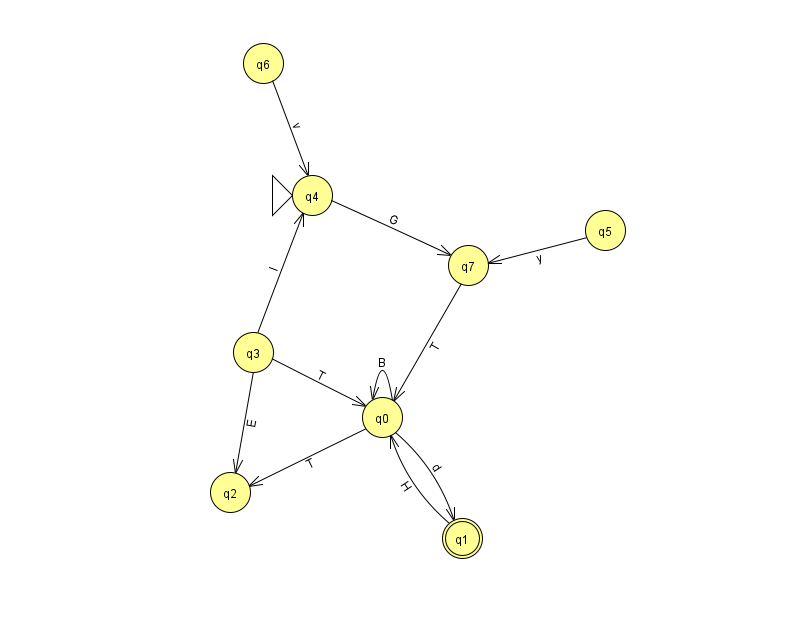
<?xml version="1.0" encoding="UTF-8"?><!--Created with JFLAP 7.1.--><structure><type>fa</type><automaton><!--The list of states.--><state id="0" name="q0"><x>382.0</x><y>404.0</y></state><state id="1" name="q1"><x>462.0</x><y>525.0</y><final/></state><state id="2" name="q2"><x>230.0</x><y>479.0</y></state><state id="3" name="q3"><x>253.0</x><y>339.0</y></state><state id="4" name="q4"><x>312.0</x><y>182.0</y><initial/></state><state id="5" name="q5"><x>605.0</x><y>217.0</y></state><state id="6" name="q6"><x>263.0</x><y>50.0</y></state><state id="7" name="q7"><x>468.0</x><y>252.0</y></state><!--The list of transitions.--><transition><from>7</from><to>0</to><read>T</read></transition><transition><from>3</from><to>2</to><read>E</read></transition><transition><from>0</from><to>0</to><read>B</read></transition><transition><from>3</from><to>0</to><read>T</read></transition><transition><from>0</from><to>1</to><read>d</read></transition><transition><from>0</from><to>2</to><read>T</read></transition><transition><from>4</from><to>7</to><read>G</read></transition><transition><from>5</from><to>7</to><read>y</read></transition><transition><from>6</from><to>4</to><read>v</read></transition><transition><from>3</from><to>4</to><read>I</read></transition><transition><from>1</from><to>0</to><read>H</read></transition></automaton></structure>